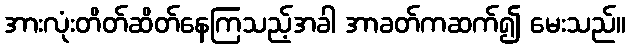
အားလုံးတိတ်ဆိတ်နေကြသည့်အခါ အာခတ်ကဆက်၍ မေးသည်။